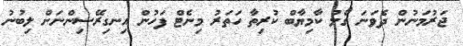
ޖަރުމަނުން ދެވަނަ ގޯލު ކާމިޔާބް ކުރިތާ ހަތަރު މިނެޓް ފަހުން އިނގިރޭސިންނަށް ލިބުނު